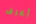
أعرف